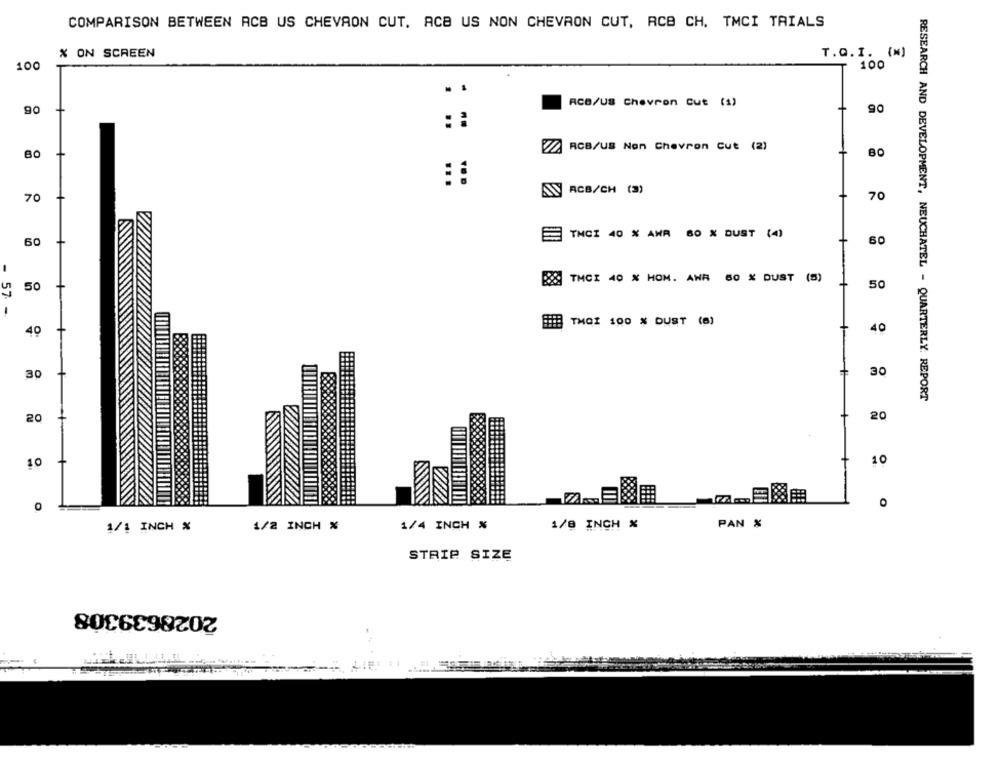
COMPARISON BETWEEN ACB US CHEVAON CUT. ACB US NON CHEVRON CUT, RCB CH. TMCI TRIALS
% ON SCREEN
T.Q.I. (%)
100
100
RCB/US Chevron Cut (1)
90
90
::
RCB/US Non Chevron Cut (2)
80
80
ANY ACB/CH (3)
70
70
THCI 40 % AHR 60 X DUST (4)
60
60
TMCI 40 % HOM. AWA 60 % DUST (5)
50
50
57.
BB TMOI 100 % DUST (8)
40
40
30
30
RESEARCH AND DEVELOPMENT, NEUCHATEL - QUARTERLY REPORT
20
20
10
10
0
O
1/1 INCH %
1/2 INCH %
1/4 INCH %
1/0 INCH %
PAN %
STRIP SIZE
2028639308